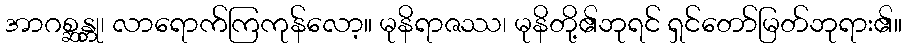
အာဂစ္ဆန္တု၊ လာရောက်ကြကုန်လော့။ မုနိရာဇဿ၊ မုနိတို့၏ဘုရင် ရှင်တော်မြတ်ဘုရား၏။